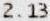
2.13